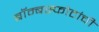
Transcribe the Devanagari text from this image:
बॉम्बस्फोटांची